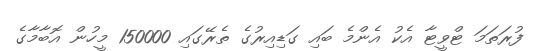
ފުރަތަމަ ޓްވީޓާ އެކު އެންމެ ބައި ގަޑިއިރުގެ ތެރޭގައި 150000 މީހުން އޮބާމާގެ